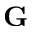
\mathbf { G }